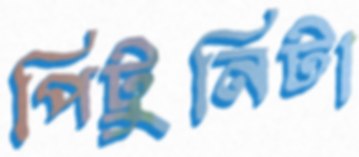
পিটুনিটা